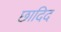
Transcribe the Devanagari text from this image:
छादिद